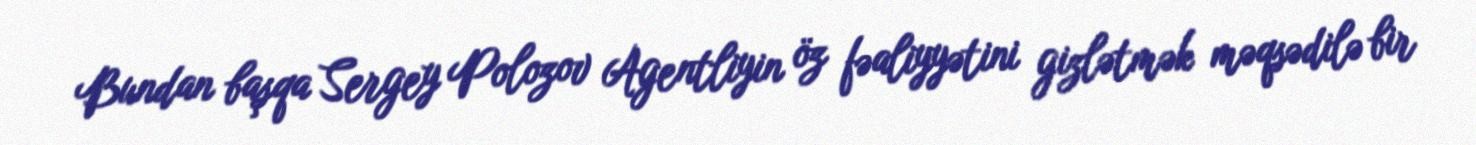
Bundan başqa Sergey Polozov Agentliyin öz fəaliyyətini gizlətmək məqsədilə bir